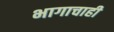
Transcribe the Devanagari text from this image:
भागाचाही